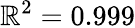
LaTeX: \mathbb{R}^{2}=0.999